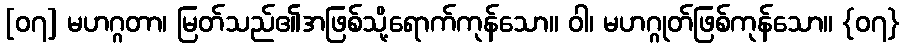
[၀၇] မဟဂ္ဂတာ၊ မြတ်သည်၏အဖြစ်သို့ရောက်ကုန်သော။ ဝါ၊ မဟဂ္ဂုတ်ဖြစ်ကုန်သော။ {၀၇}